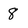
Character: 8